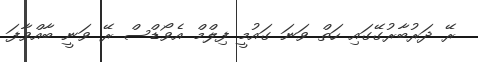
ރޭ ދަރުބާރުގޭގައި ހަތް ވަނަ ގައުމީ ފިލްމް އެވޯޑްސް ރޭ ވަނީ ބާއްވާފަ